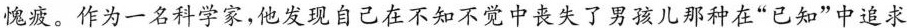
愧疲。作为一名科学家，他发现自己在不知不觉中丧失了男孩儿那种在”已知”中追求